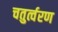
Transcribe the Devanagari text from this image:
चतुर्त्वरण